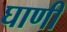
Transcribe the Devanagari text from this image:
घाणी